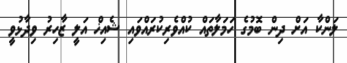
ލަންކާ އަށް ދިން ބޮމުގެ ހަމަލާތައް ކުއްވެރިކުރައްވައި ޝެއިޚް އަލީ ޒާހިރު ވިދާޅުވީ